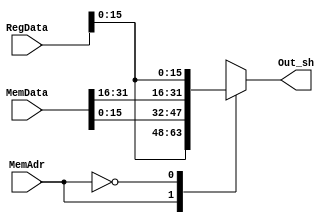
`timescale 1ns / 1ps
//////////////////////////////////////////////////////////////////////////////////
// Company: 

//////////////////////////////////////////////////////////////////////////////////


module StoreHalf(MemAdr, MemData, RegData, Out_sh);
    input [31:0]MemData, RegData;
    input MemAdr; //this will tell us whether to store to LS or MS halfword of memory
    output reg [31:0] Out_sh;
    
     always @ (*) begin
        case (MemAdr)
            1'b1: begin //write reg[15:0] to MS halfword
                Out_sh = { RegData[15:0], MemData[15:0]}; end
            1'b0: begin //write reg[15:0] to LS halfword
               Out_sh = { MemData[31:16], RegData[15:0]}; end
         endcase
//        temp1 <= MemMask & MemData;
//        temp2 <= RegData & RegMask;
//        Out <= temp2 | temp1;
        //$display("Out %32b" , Out); 
     end
endmodule